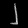
Digit: ၂